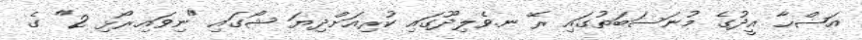
އަޟްޙާ އީދުގެ މުނަސަބަތުގައި ރޭ ނ.ވެލިދޫގައި ކުރިއަށްދިޔަ ޝޯގައި "ނިވައިރޯޅި 2" ގެ